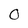
Character: O